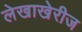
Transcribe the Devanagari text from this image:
लेखाखेरीज